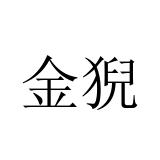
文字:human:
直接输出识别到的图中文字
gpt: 金猊